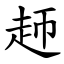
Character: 䞙